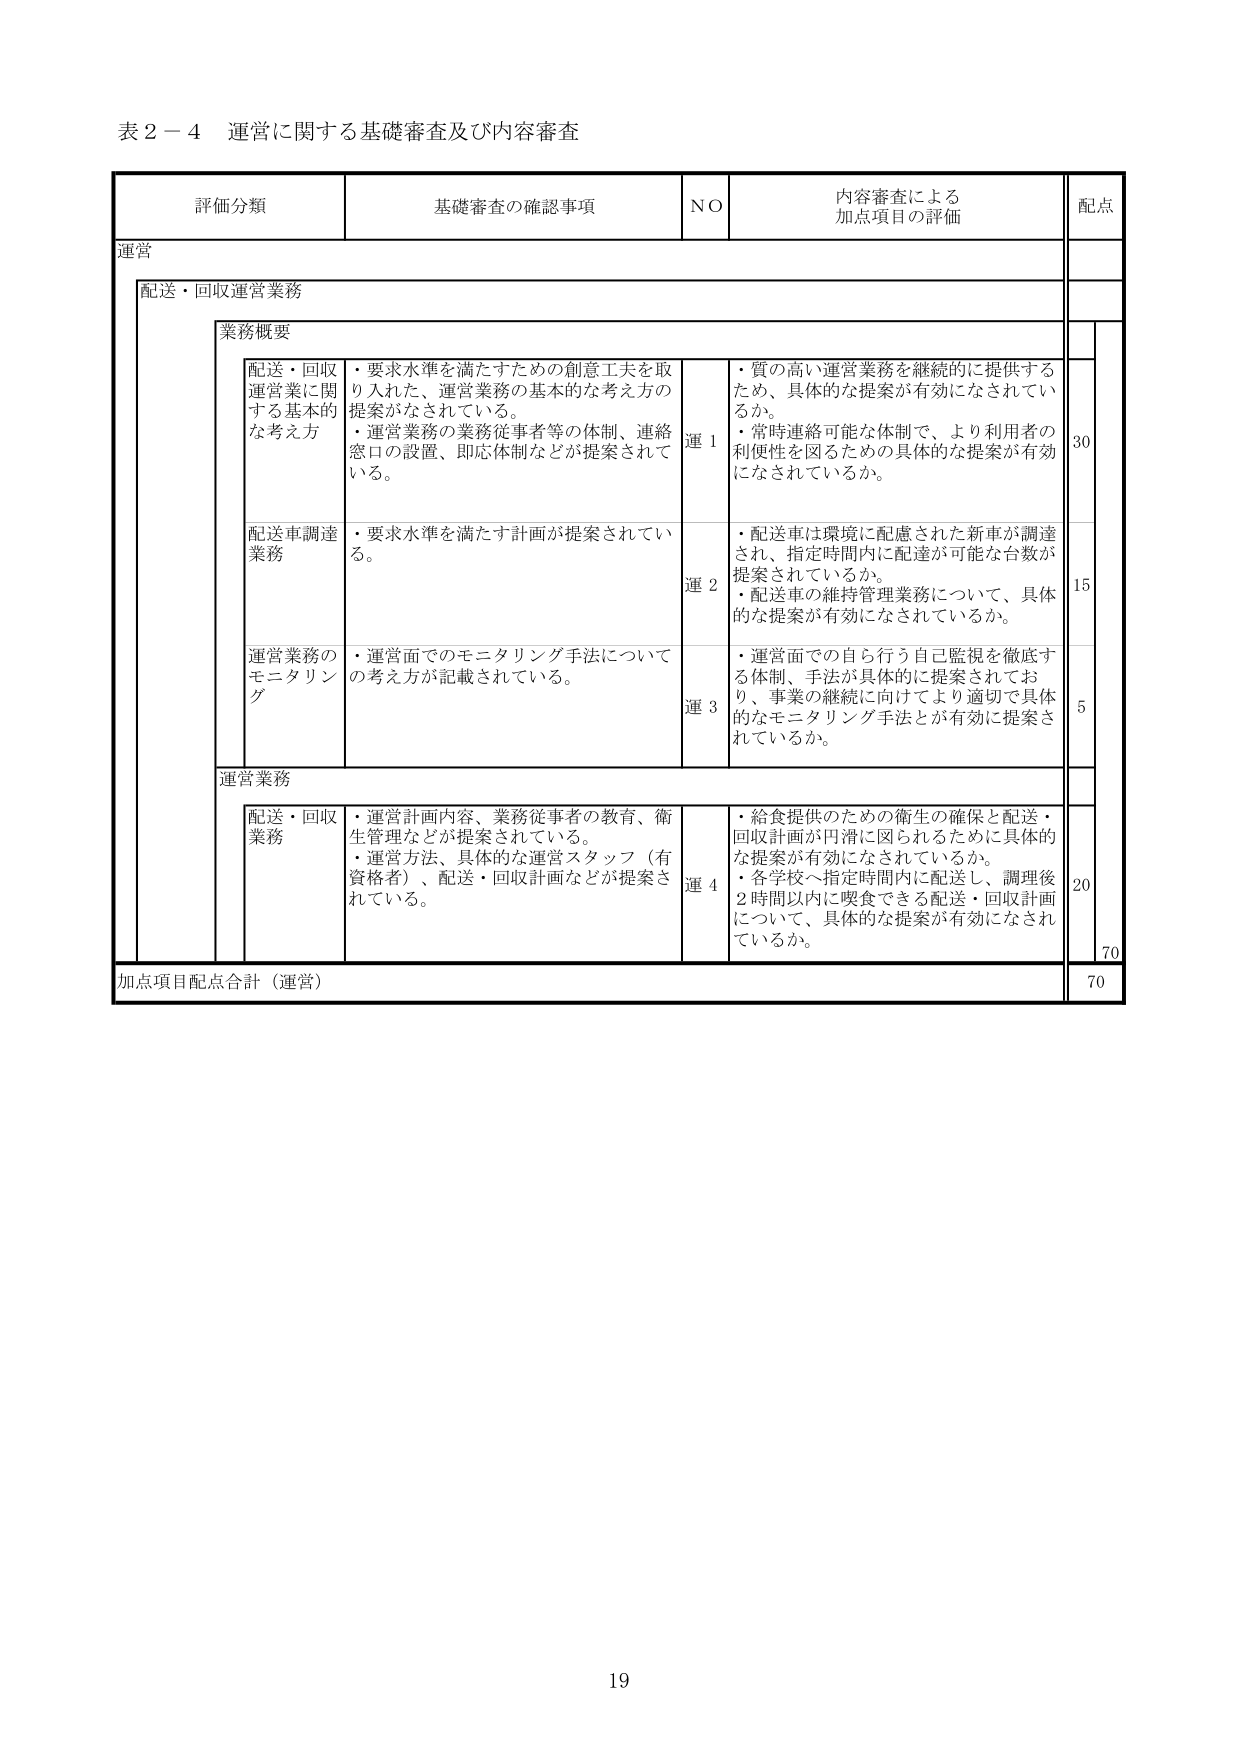
表２－４ 運営に関する基礎審査及び内容審査

評価分類 基礎審査の確認事項 NO 内容審査による加点項目の評価 配点

運営

配送・回収運営業務

業務概要

配送・回収運営業に関する基本的な考え方
・要求水準を満たすための創意工夫を取り入れた、運営業務の基本的な考え方の提案がなされている。
・運営業務の業務従事者等の体制、連絡窓口の設置、即応体制などが提案されている。
運１
・質の高い運営業務を継続的に提供するため、具体的な提案が有効になされているか。
・常時連絡可能な体制で、より利用者の利便性を図るための具体的な提案が有効になされているか。
30

配送車調達業務
・要求水準を満たす計画が提案されている。
運２
・配送車は環境に配慮された新車が調達され、指定時間内に配達が可能な台数が提案されているか。
・配送車の維持管理業務について、具体的な提案が有効になされているか。
15

運営業務のモニタリング
・運営面でのモニタリング手法についての考え方が記載されている。
運３
・運営面での自ら行う自己監視を徹底する体制、手法が具体的に提案されており、事業の継続に向けてより適切で具体的なモニタリング手法とが有効に提案されているか。
5

運営業務

配送・回収業務
・運営計画内容、業務従事者の教育、衛生管理などが提案されている。
・運営方法、具体的な運営スタッフ（有資格者）、配送・回収計画などが提案されている。
運４
・給食提供のための衛生の確保と配送・回収計画が円滑に図られるために具体的な提案が有効になされているか。
・各学校へ指定時間内に配送し、調理後2時間以内に喫食できる配送・回収計画について、具体的な提案が有効になされているか。
20

加点項目配点合計（運営） 70

19